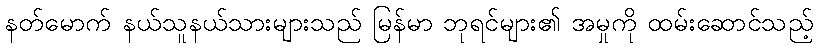
နတ်မောက် နယ်သူနယ်သားများသည် မြန်မာ ဘုရင်များ၏ အမှုကို ထမ်းဆောင်သည့်